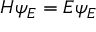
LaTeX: H \psi _ { E } = E \psi _ { E }